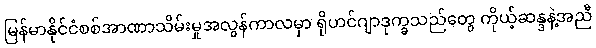
မြန်မာနိုင်ငံစစ်အာဏာသိမ်းမှုအလွန်ကာလမှာ ရိုဟင်ဂျာဒုက္ခသည်တွေ ကိုယ့်ဆန္ဒနဲ့အညီ